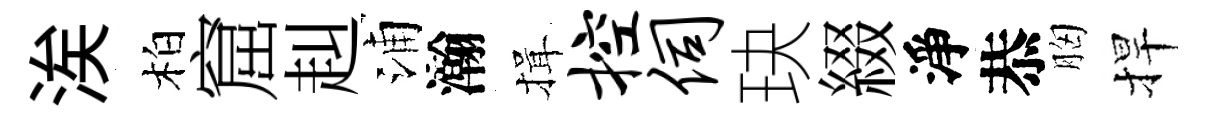
涘柏窟赳浦瀚揖控伺玦綴淨恭胸捍